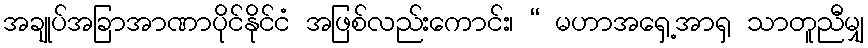
အချုပ်အခြာအာဏာပိုင်နိုင်ငံ အဖြစ်လည်းကောင်း၊ “ မဟာအရှေ့အာရှ သာတူညီမျှ